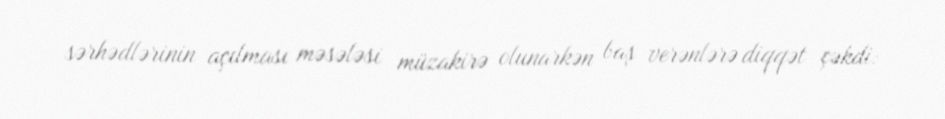
sərhədlərinin açılması məsələsi müzakirə olunarkən baş verənlərə diqqət çəkdi: